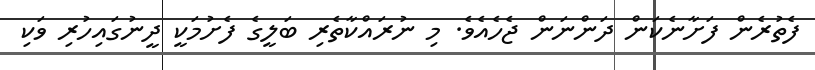
ފެތުރެން ފަށާނެކަން ދަންނަން ޖެހެއެވެ. މި ނުރައްކާތެރި ބަލީގެ ފެށުމަކީ ދީނުގައިހުރި ވަކި